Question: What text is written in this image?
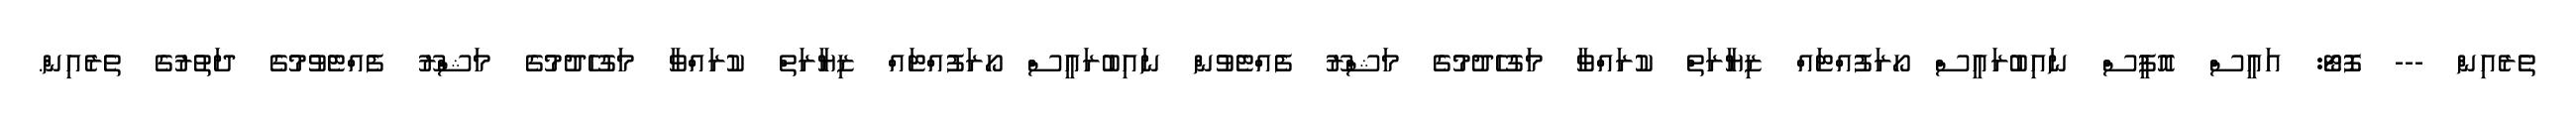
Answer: ތެރެއިން --- ފޮޓޯ: އައީސް އޮފީސް ނައިބުރައީސް ހޯރަފުއްޓައް ޒިޔާރަތް ކުރައްވާ މަގުހެދުމުގެ މަޝްރޫ ފެއްޓެވުން ނައިބުރައީސް ހޯރަފުއްޓައް ޒިޔާރަތް ކުރައްވާ މަގުހެދުމުގެ މަޝްރޫ ފެއްޓެވުމުގެ ދަތުރުގެ ތެރެއިން.